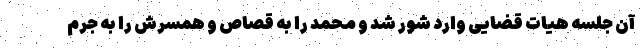
آن جلسه هیات قضایی وارد شور شد و محمد را به قصاص و همسرش را به جرم